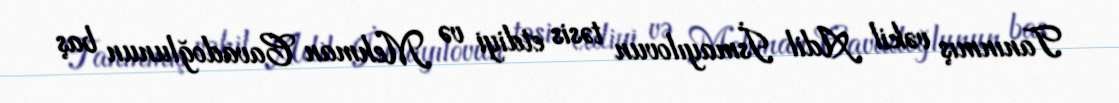
Tanınmış vəkil Adil İsmayılovun təsis etdiyi və Mehman Cavadoğlunun baş